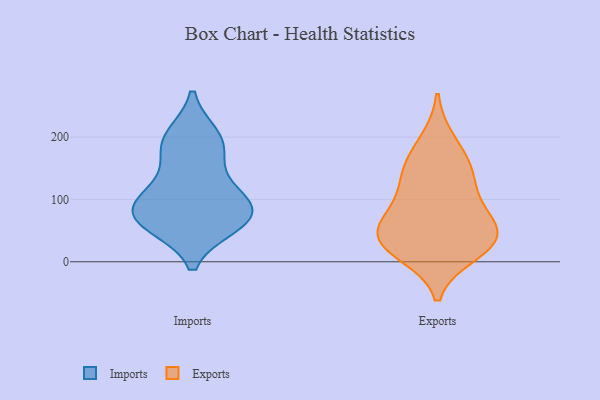
{"axis": {"x": "Shipments", "y": "Value"}, "legend": ["Exports", "Imports"], "data": [{"x": "", "y": 83, "type": "Imports"}, {"x": "", "y": 109, "type": "Imports"}, {"x": "", "y": 117, "type": "Imports"}, {"x": "", "y": 192, "type": "Imports"}, {"x": "", "y": 74, "type": "Imports"}, {"x": "", "y": 69, "type": "Imports"}, {"x": "", "y": 71, "type": "Imports"}, {"x": "", "y": 177, "type": "Imports"}, {"x": "", "y": 60, "type": "Imports"}, {"x": "", "y": 200, "type": "Imports"}, {"x": "", "y": 51, "type": "Exports"}, {"x": "", "y": 38, "type": "Exports"}, {"x": "", "y": 147, "type": "Exports"}, {"x": "", "y": 45, "type": "Exports"}, {"x": "", "y": 30, "type": "Exports"}, {"x": "", "y": 83, "type": "Exports"}, {"x": "", "y": 85, "type": "Exports"}, {"x": "", "y": 14, "type": "Exports"}, {"x": "", "y": 193, "type": "Exports"}, {"x": "", "y": 28, "type": "Exports"}, {"x": "", "y": 153, "type": "Exports"}, {"x": "", "y": 128, "type": "Exports"}]}